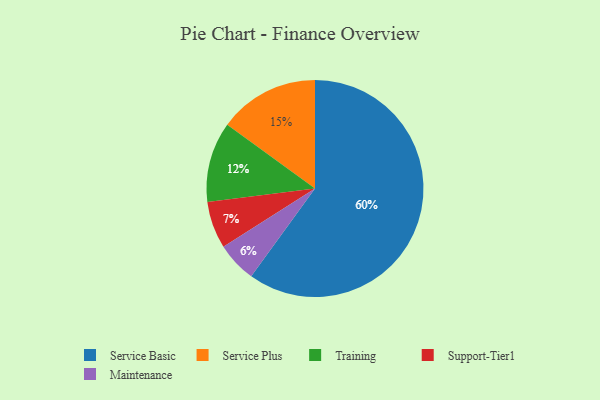
{"axis": {"x": "Category", "y": "Percentage"}, "legend": ["Maintenance", "Service Basic", "Service Plus", "Support-Tier1", "Training"], "data": [{"x": "Support-Tier1", "y": 7, "type": "Support-Tier1"}, {"x": "Training", "y": 12, "type": "Training"}, {"x": "Service Basic", "y": 60, "type": "Service Basic"}, {"x": "Service Plus", "y": 15, "type": "Service Plus"}, {"x": "Maintenance", "y": 6, "type": "Maintenance"}]}